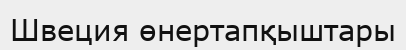
Швеция өнертапқыштары